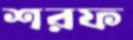
শরফ